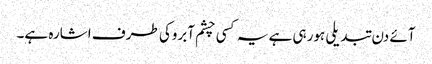
آئے دن تبدیلی ہورہی ہے یہ کسی چشم آبروکی طرف اشارہ ہے۔